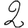
Digit: 2